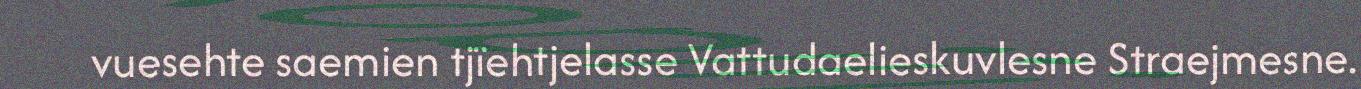
vuesehte saemien tjïehtjelasse Vattudaelieskuvlesne Straejmesne.